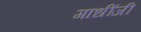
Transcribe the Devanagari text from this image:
गाधींजी